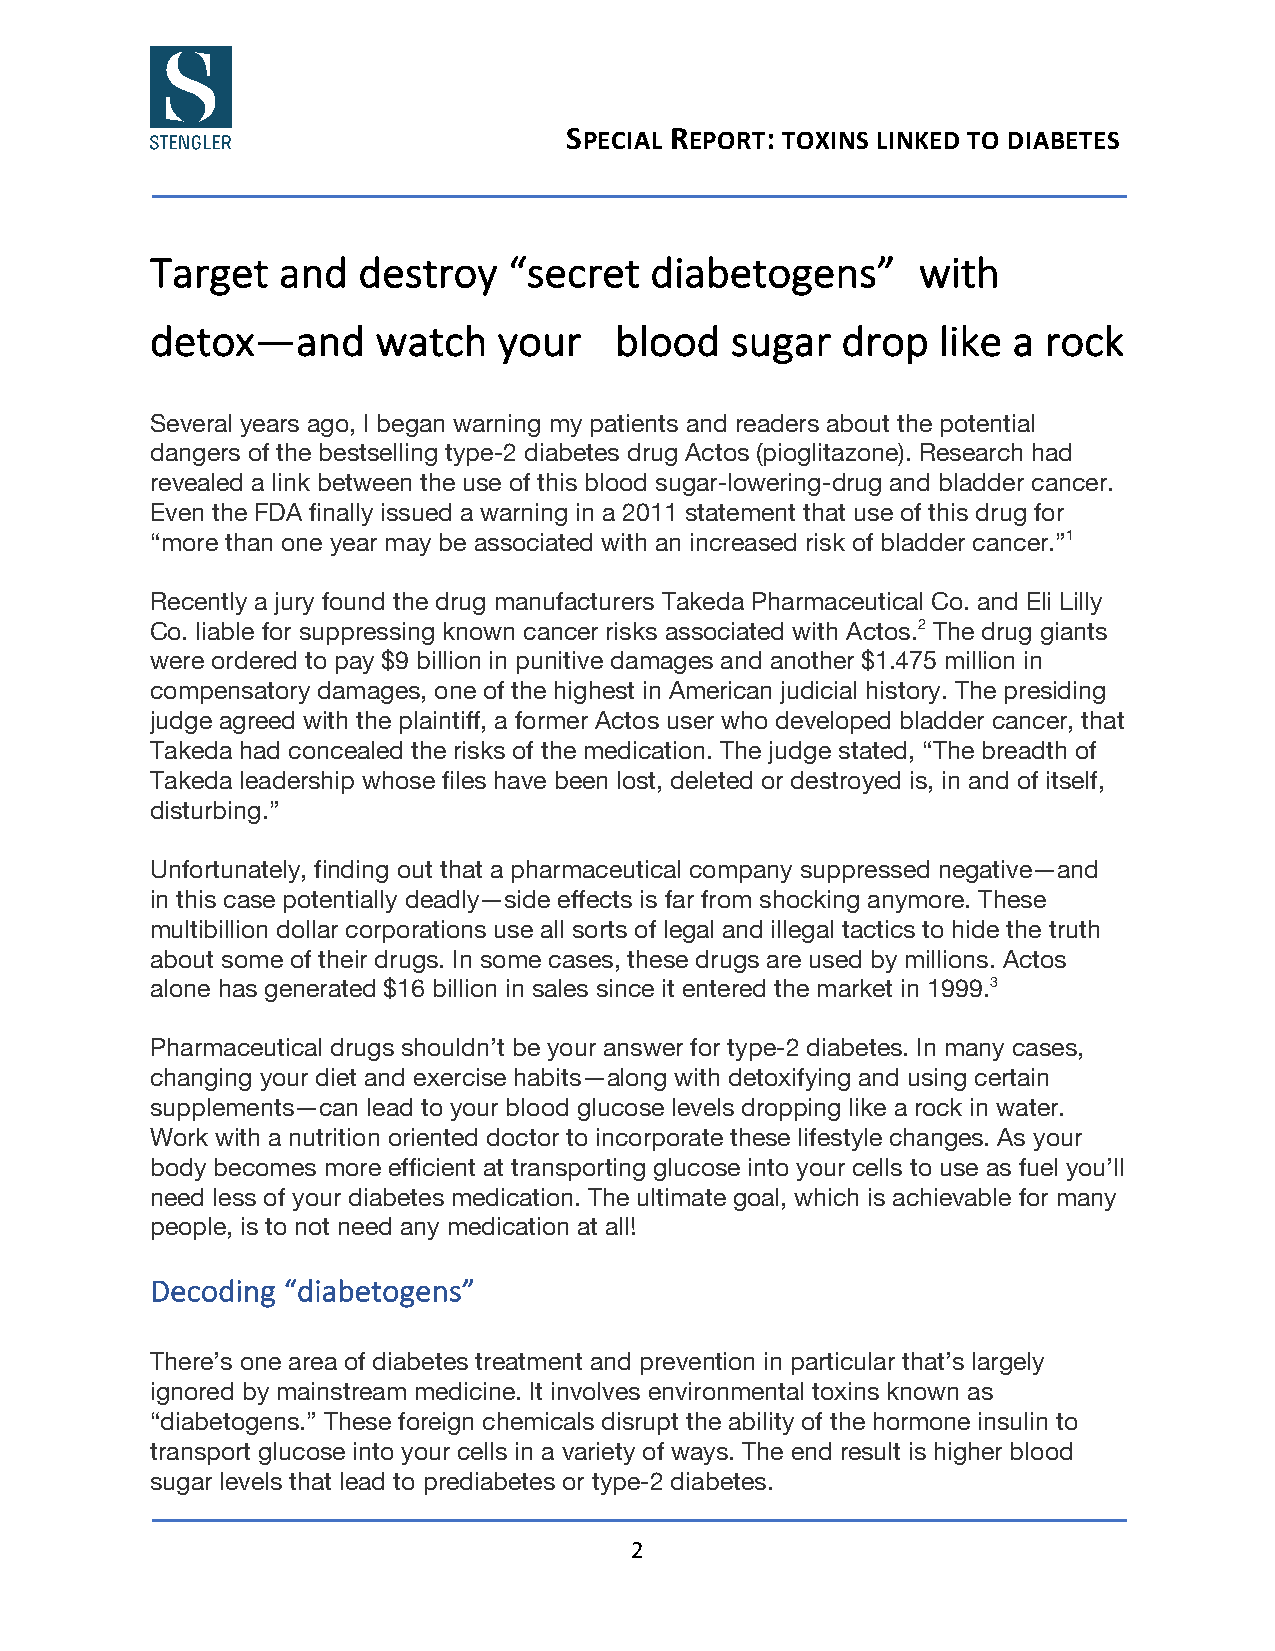
SPECIAL REPORT: TOXINS LINKED TO DIABETES
 Target  and   destroy   “secret  diabetogens”      with
 detox—and      watch   your    blood  sugar   drop  like a rock
 Several years ago, I began warning my patients and readers about the potential
 dangers of the bestselling type-2 diabetes drug Actos (pioglitazone). Research had
 revealed a link between the use of this blood sugar-lowering-drug and bladder cancer.
 Even the FDA finally issued a warning in a 2011 statement that use of this drug for
 “more than one year may be associated with an increased risk of bladder cancer.”1
 Recently a jury found the drug manufacturers Takeda Pharmaceutical Co. and Eli Lilly
 Co. liable for suppressing known cancer risks associated with Actos.2 The drug giants
 were ordered to pay $9 billion in punitive damages and another $1.475 million in
 compensatory damages, one of the highest in American judicial history. The presiding
 judge agreed with the plaintiff, a former Actos user who developed bladder cancer, that
 Takeda had concealed the risks of the medication. The judge stated, “The breadth of
 Takeda leadership whose files have been lost, deleted or destroyed is, in and of itself,
 disturbing.”
 Unfortunately, finding out that a pharmaceutical company suppressed negative—and
 in this case potentially deadly—side effects is far from shocking anymore. These
 multibillion dollar corporations use all sorts of legal and illegal tactics to hide the truth
 about some of their drugs. In some cases, these drugs are used by millions. Actos
 alone has generated $16 billion in sales since it entered the market in 1999.3
 Pharmaceutical drugs shouldn’t be your answer for type-2 diabetes. In many cases,
 changing your diet and exercise habits—along with detoxifying and using certain
 supplements—can lead to your blood glucose levels dropping like a rock in water.
 Work with a nutrition oriented doctor to incorporate these lifestyle changes. As your
 body becomes more efficient at transporting glucose into your cells to use as fuel you’ll
 need less of your diabetes medication. The ultimate goal, which is achievable for many
 people, is to not need any medication at all!
 Decoding “diabetogens”
 There’s one area of diabetes treatment and prevention in particular that’s largely
 ignored by mainstream medicine. It involves environmental toxins known as
 “diabetogens.” These foreign chemicals disrupt the ability of the hormone insulin to
 transport glucose into your cells in a variety of ways. The end result is higher blood
 sugar levels that lead to prediabetes or type-2 diabetes.
 2